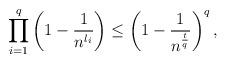
LaTeX: \begin{align*}\prod_{i=1}^{q}\left(1-\frac{1}{n^{l_i}}\right)\leq\left(1-\frac{1}{n^{\frac{t}{q}}}\right)^{q},\end{align*}